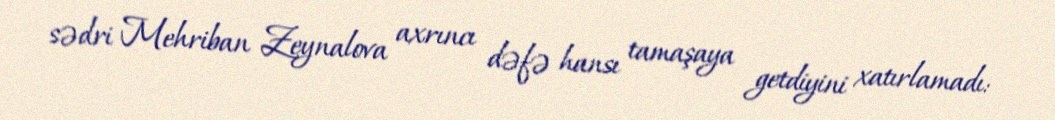
sədri Mehriban Zeynalova axrıncı dəfə hansı tamaşaya getdiyini xatırlamadı: